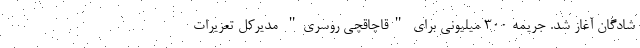
شادگان آغاز شد. جریمه 300 میلیونی برای "قاچاقچی روسری" مدیرکل تعزیرات